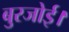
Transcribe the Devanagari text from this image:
बुरजोई।